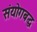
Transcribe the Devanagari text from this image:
संयोगबद्ध